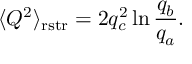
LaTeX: \langle Q ^ { 2 } \rangle _ { \mathrm { r s t r } } = 2 q _ { c } ^ { 2 } \ln \frac { q _ { b } } { q _ { a } } .